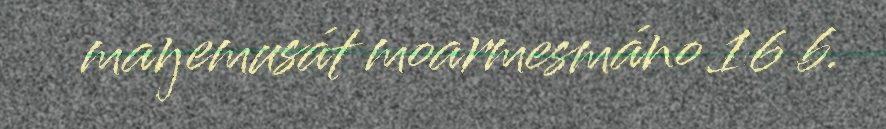
maŋemusát moarmesmáno 16 b.